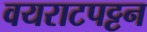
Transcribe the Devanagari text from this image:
वयराटपट्टन